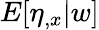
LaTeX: E[\eta_{,x}|w]